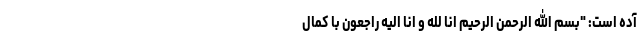
آده است: "بسم الله الرحمن الرحیم انا لله و انا الیه راجعون با کمال